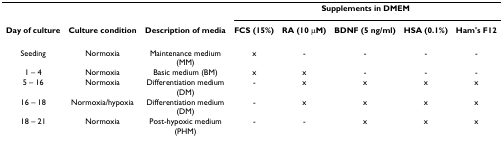
<table><thead><tr><td></td><td></td><td></td><td colspan="5"><b>Supplements in DMEM</b></td></tr><tr><td><b>Day of culture</b></td><td><b>Culture condition</b></td><td><b>Description of media</b></td><td><b>FCS (15%)</b></td><td><b>RA (10 μM)</b></td><td><b>BDNF (5 ng/ml)</b></td><td><b>HSA (0.1%)</b></td><td><b>Ham&#x27;s F12</b></td></tr></thead><tbody><tr><td>Seeding</td><td>Normoxia</td><td>Maintenance medium (MM)</td><td>x</td><td>-</td><td>-</td><td>-</td><td>-</td></tr><tr><td>1 – 4</td><td>Normoxia</td><td>Basic medium (BM)</td><td>x</td><td>x</td><td>-</td><td>-</td><td>-</td></tr><tr><td>5 – 16</td><td>Normoxia</td><td>Differentiation medium (DM)</td><td>-</td><td>x</td><td>x</td><td>x</td><td>x</td></tr><tr><td>16 – 18</td><td>Normoxia/hypoxia</td><td>Differentiation medium (DM)</td><td>-</td><td>x</td><td>x</td><td>x</td><td>x</td></tr><tr><td>18 – 21</td><td>Normoxia</td><td>Post-hypoxic medium (PHM)</td><td>-</td><td>-</td><td>x</td><td>x</td><td>x</td></tr></tbody></table>